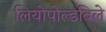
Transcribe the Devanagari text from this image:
लियोपोल्डविले